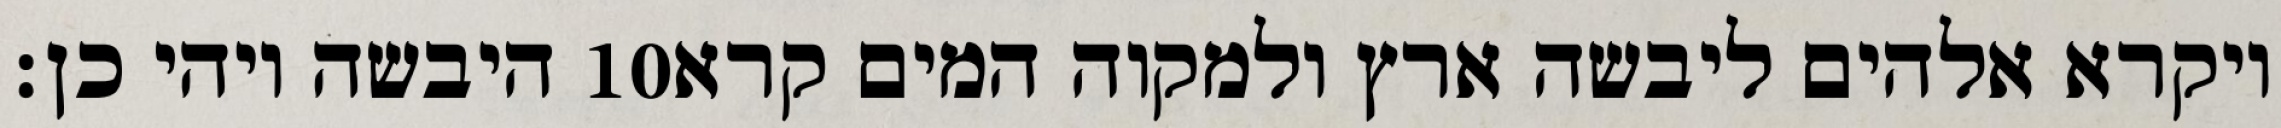
היבשה ויהי כן׃ ‎10‏ ויקרא אלהים ליבשה ארץ ולמקוה המים קרא